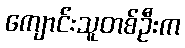
ကျောင်းသူတစ်ဦးက